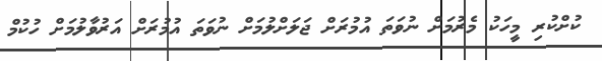
ކުށްކުރި މީހަކު މެރުމަށް ނުވަތަ އުމުރަށް ޖަލަށްލުމަށް ނުވަތަ އުމުރަށް އަރުވާލުމަށް ހުކުމް